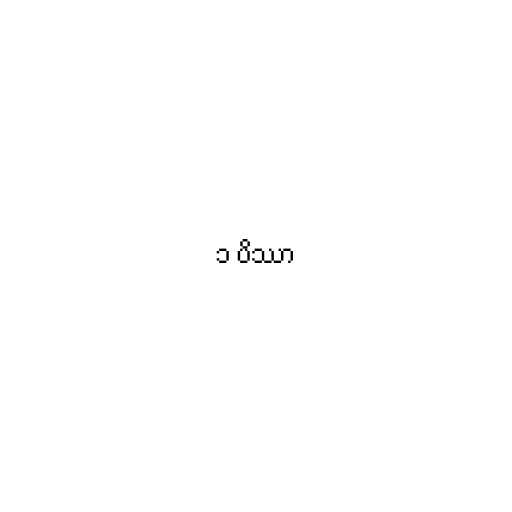
၁ ပိဿာ